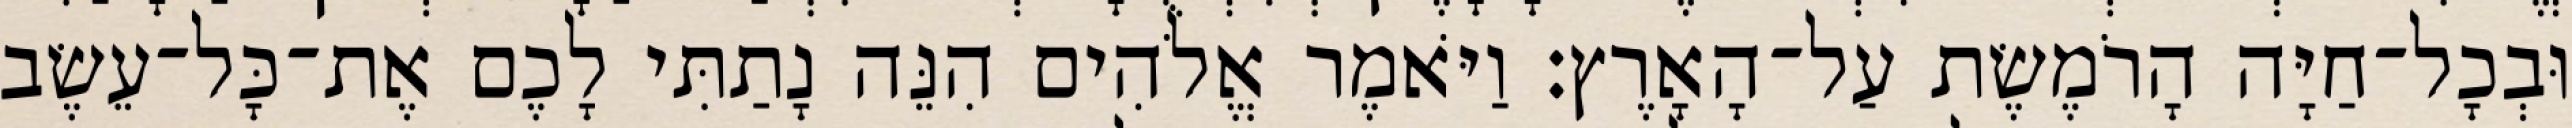
וּבְכָל־חַיָּה הָרֹמֶשֶׂת עַל־הָאָרֶץ׃ וַיֹּאמֶר אֱלֹהִים הִנֵּה נָתַתִּי לָכֶם אֶת־כָּל־עֵשֶׂב